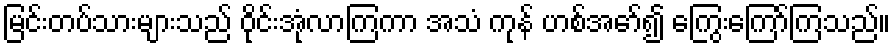
မြင်းတပ်သားများသည် ဝိုင်းအုံလာကြကာ အသံ ကုန် ဟစ်အော်၍ ကြွေးကြော်ကြသည်။